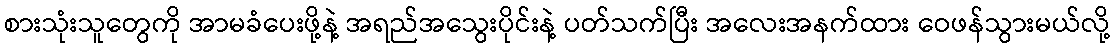
စားသုံးသူတွေကို အာမခံပေးဖို့နဲ့ အရည်အသွေးပိုင်းနဲ့ ပတ်သက်ပြီး အလေးအနက်ထား ဝေဖန်သွားမယ်လို့